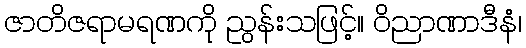
ဇာတိဇရာမရဏကို ညွန်းသဖြင့်။ ဝိညာဏာဒီနံ၊